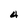
Character: 4